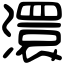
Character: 澴